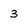
Character: 3